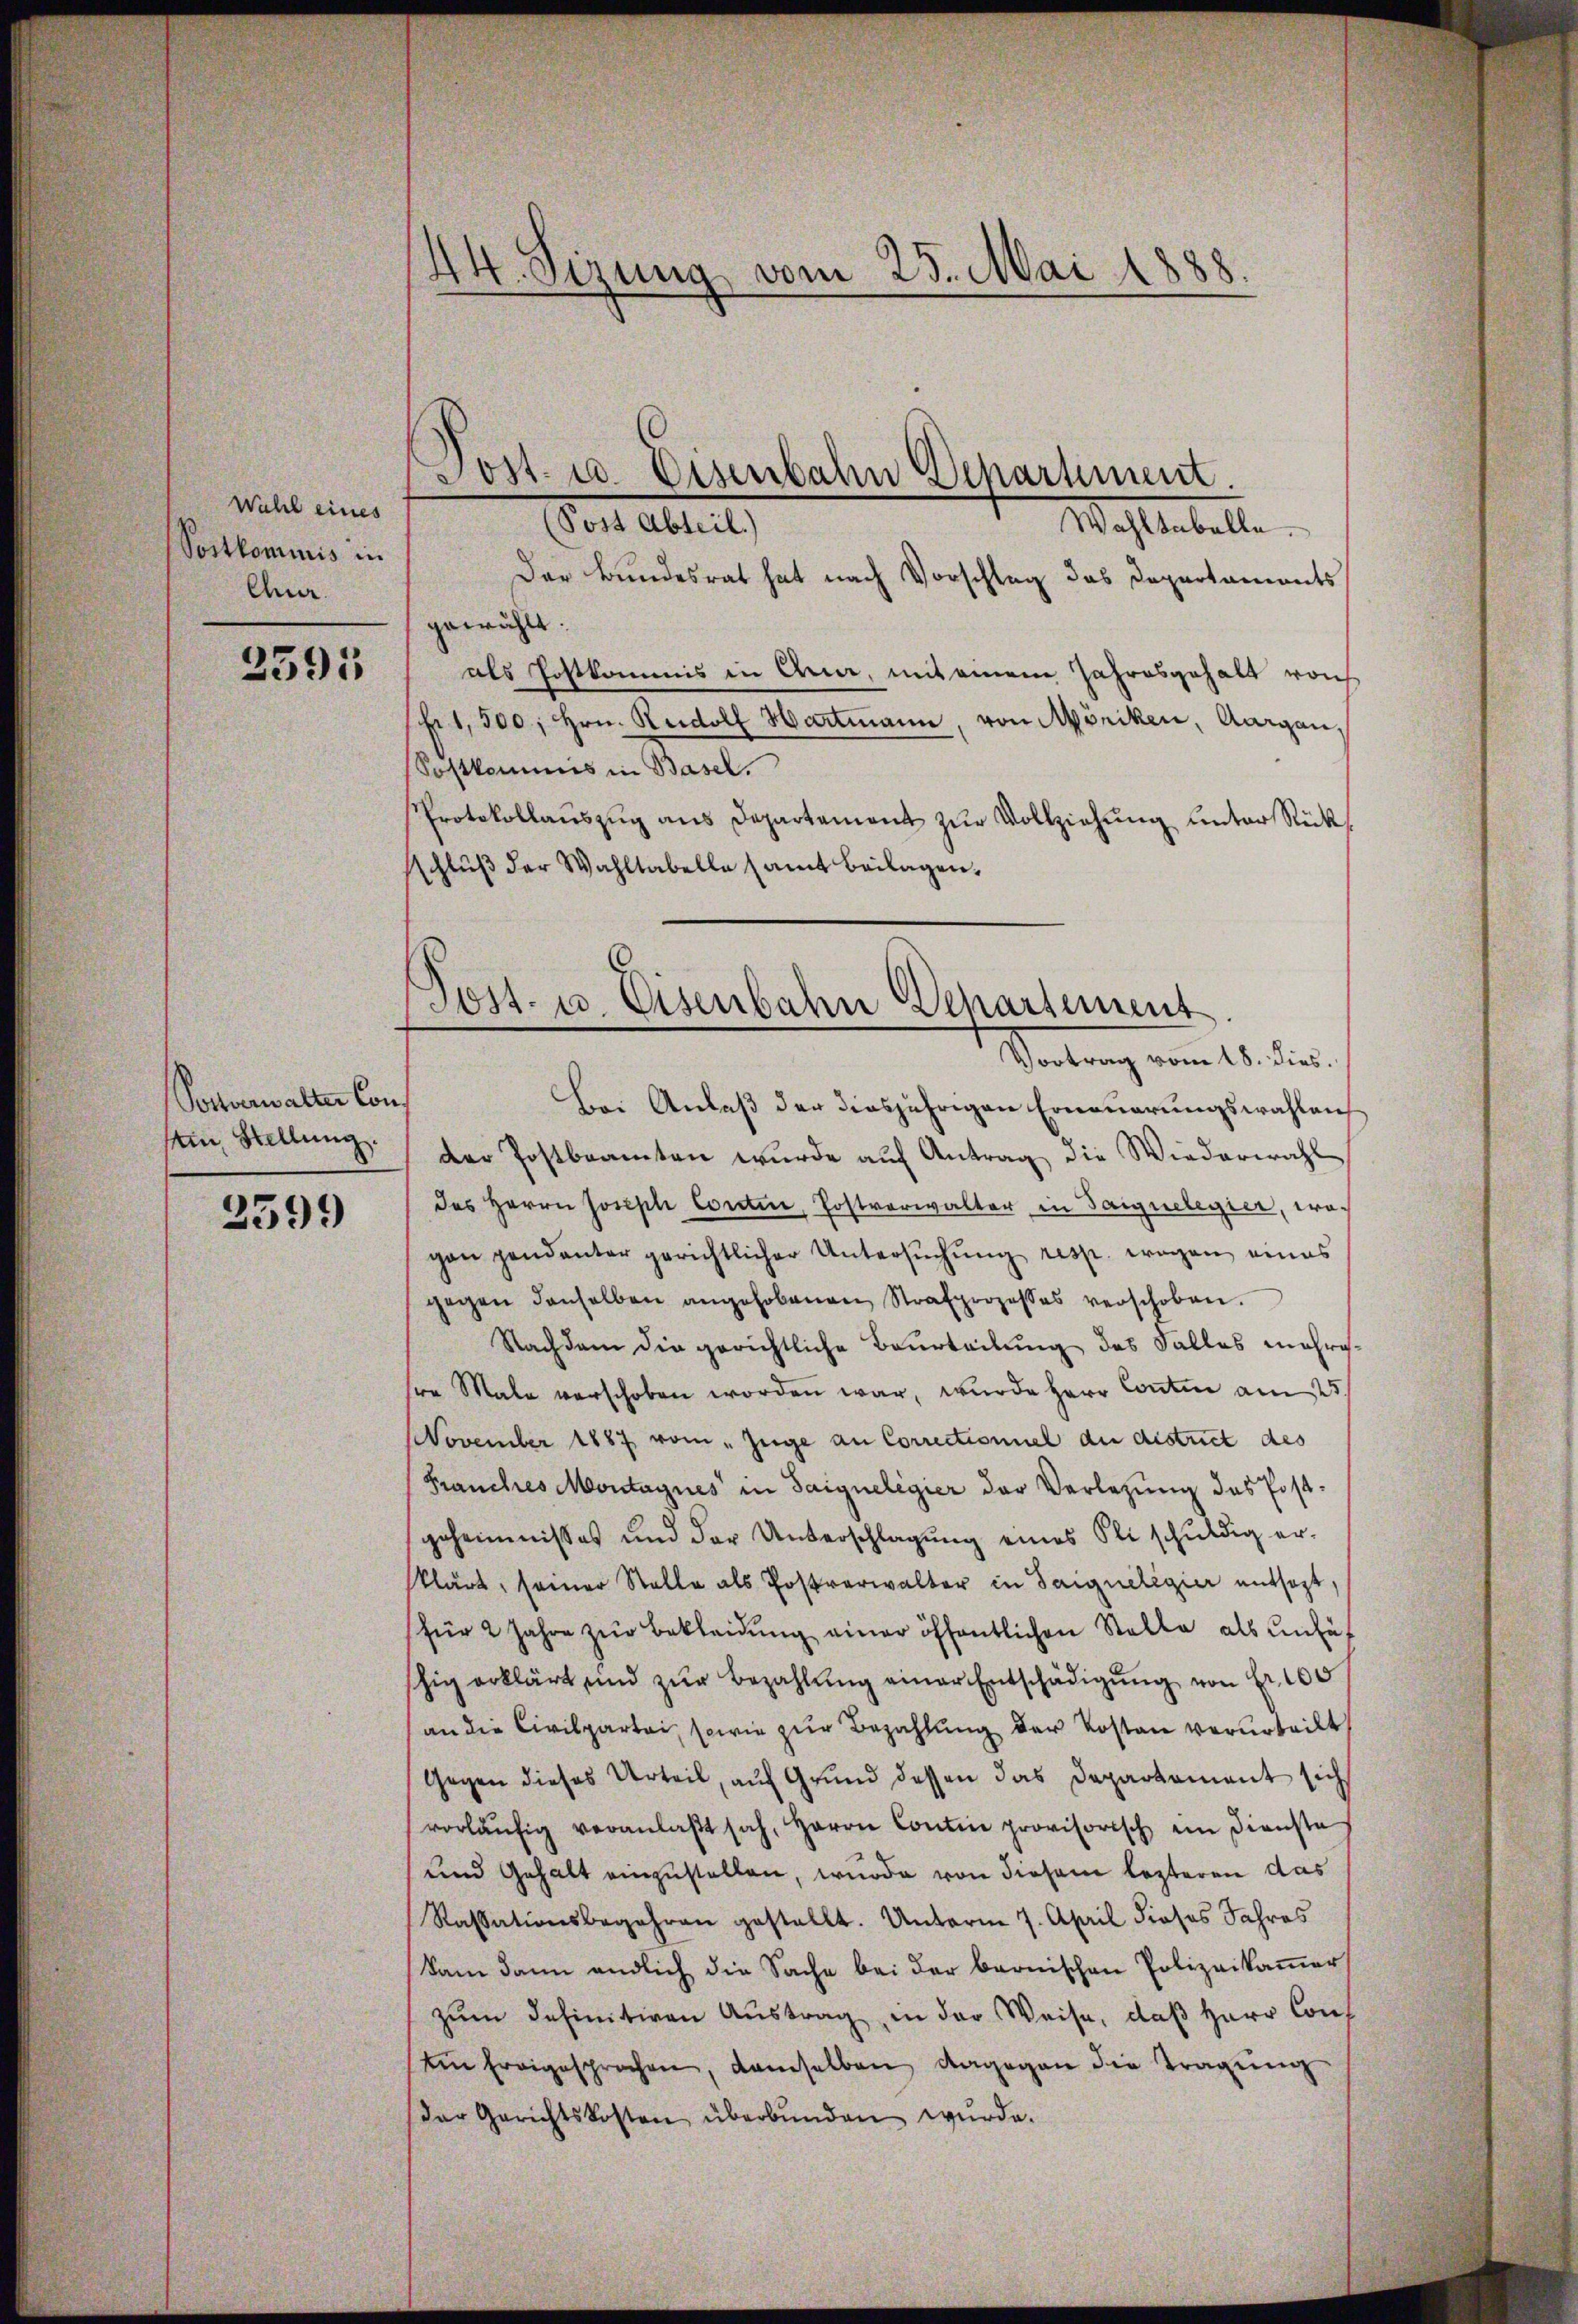
Wahl eines
Postkominis in
Ana.

2591

Sochverwalter Con
Ain Stellung.

2599

44. Sizung vom 23. Mai 1888.

Wohltabelle
Das Bundesrat hat nach Vorschlag das Departaments
gewählt:
als Postkommis in Auer, mit einem Jahresgehalt woch
shit 500, Hrn. Rudolf Hartmann, von Möniken, Aargau,
Sostkommis in Basel.
Protokollauszug aus Departement zur Vollziehung unter Rückschlŭβ der Wahltabelle samt Beilagen.

Post- u. Eisenbahn Department.
(Post Abteil.)

Post. u. Eisenbahn Departement
Sortung vom 18. dies

Bei Anlaß der diesjährigen Erneuerungswahlens
der Postbeamten wurde auf Antrag die Wiederwahl
des Herrn Joseph Contin, Postverwalter in Tanzuelegier, wogan pendanter gerichtlicher Untersŭchŭng resp. wegen eines
gegen denselben angehobenen Strafprozesses verschoben.
Nachdem die gerichtliche Beurteilung des Falles mehrgsre Male verschoben worden war, wurde Herr Contin am 25t
November 1887 vom „Züge an Correctioniel an district des
Franches Montagnes in Saigneligier der Verlegung des Postgeheimnisses und der Unterschlagung eines Plischuldig er-
klärt, seiner Stelle als Postverwalter in Saigneligier entsagt,
(für 2 Jahre zŭr Bekleidŭng einer öffentlichen Stelle als unfäh
shig erklärt und zŭr Bezahlŭng einer Entschädigŭng von Fr. 100
an die Civilpartei, sowie zur Bezahlung der Kosten verurteilt
Gegen dieses Urteil, auf Grund dessen das Departement sich
vorläŭfig veranlaβt sah, Herrn Contin provisorisch im Dienste
und Gehalt einzustellen, wurde von diesem lezteren das
Rassationsbegehren gestellt. Unterm 7. April dieses Jahres
kam dann endlich die Sache bei der bernischen Polizeikammer
zum definitiven Austrag, in der Weise, daß Herr Cons
ein Ereigesprochen, demselben dagegen die Tragung
der Gerichtskosten überbŭnden wurde.